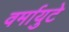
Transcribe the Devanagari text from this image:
वर्मायुटे